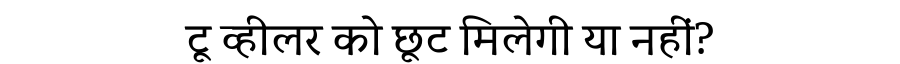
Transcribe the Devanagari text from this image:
टू व्हीलर को छूट मिलेगी या नहीं?